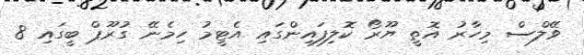
ވޭލްސް މިހާރު އޮތީ ޔޫރޯ ކޮލިފައިންގައި އެޓީމު ހިމެނޭ ގުރޫޕް ބީގައި 8